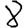
Digit: 8